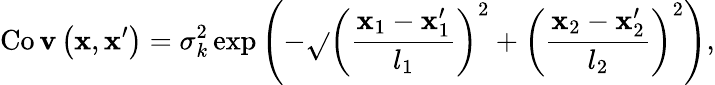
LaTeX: \operatorname{Co\mathbf{v}}\left(\boldsymbol{\mathbf{x}},\boldsymbol{\mathbf{x}}^{\prime}\right)=\sigma_{k}^{2}\exp\left(-\sqrt{}{{\left(\frac{{\mathbf{x}_{1}-\mathbf{x}_{1}^{\prime}}}{{l_{1}}}\right)^{2}+\left(\frac{{\mathbf{x}_{2}-\mathbf{x}_{2}^{\prime}}}{{l_{2}}}\right)^{2}}}\right),